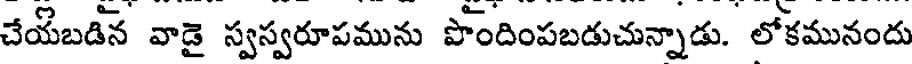
చేయబడిన వాడై స్వస్వరూపమును పొందింపబడుచున్నాడు. లోకమునందు